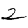
Digit: 2